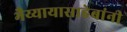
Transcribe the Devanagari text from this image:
भैय्यायासाहेबांनी